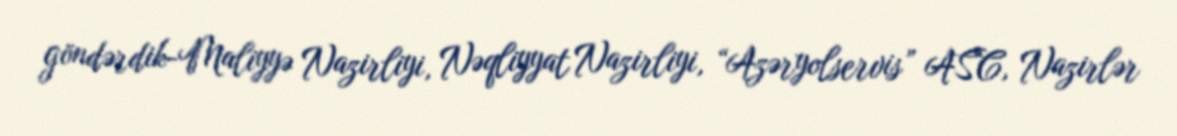
göndərdik-Maliyyə Nazirliyi, Nəqliyyat Nazirliyi, “Azəryolservis” ASC, Nazirlər